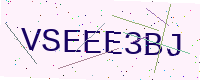
Text: VSEEE3BJ